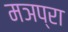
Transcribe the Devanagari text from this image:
मञप्रा